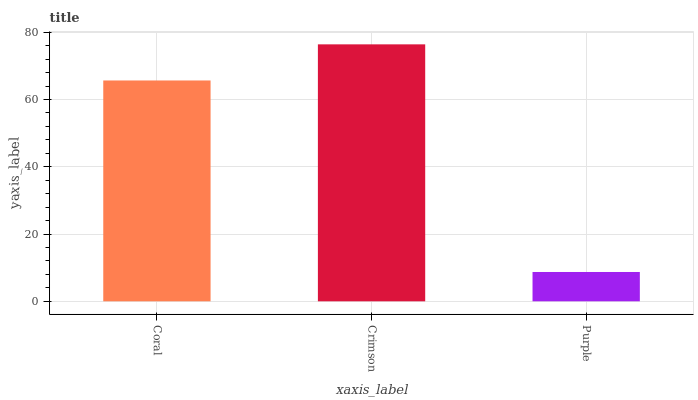
| xaxis_label | bars |
 | --- | --- |
 | Coral | 65.7 |
 | Crimson | 76.4 |
 | Purple | 8.72 |